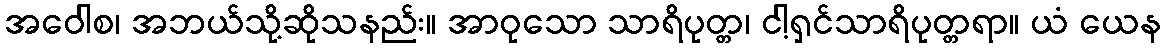
အဝေါစ၊ အဘယ်သို့ဆိုသနည်း။ အာဝုသော သာရိပုတ္တ၊ ငါ့ရှင်သာရိပုတ္တရာ။ ယံ ယေန